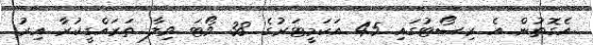
އެގޮތުން އެ ރިސޯޓުގައި 45 އަކަމީޓަރުގެ 38 ވޯޓަ ވިލާ ތަރައްގީކުރާ އިރު